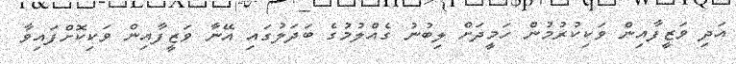
އަދި ވަޒީފާއިން ވަކިކުރުމުން ހަމީދަށް ލިބުނު ގެއްލުމުގެ ބަދަލުގައި އޭނާ ވަޒީފާއިން ވަކިކޮށްފައިވާ